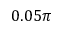
0 . 0 5 \pi